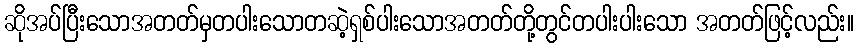
ဆိုအပ်ပြီးသောအတတ်မှတပါးသောတဆဲ့ရှစ်ပါးသောအတတ်တို့တွင်တပါးပါးသော အတတ်ဖြင့်လည်း။